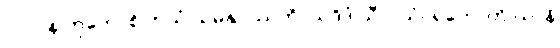
၂၁၂။ န ကုတောစိ ဘယံ သမနုပဿတိ, ယဒိဒံ သီလသံဝရတောတိ ယာနိ